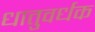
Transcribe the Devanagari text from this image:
धातुवर्धक